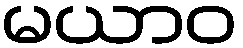
မယာဝ